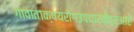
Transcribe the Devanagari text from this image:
गावात१क्षयरोगउपचारकेंद्रआहे